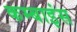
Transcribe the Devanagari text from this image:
कम्बाइंस